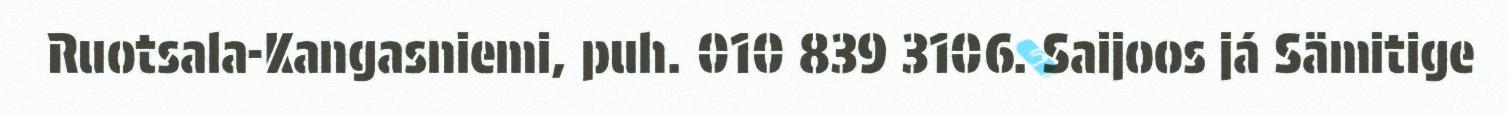
Ruotsala-Kangasniemi, puh. 010 839 3106. Saijoos já Sämitige